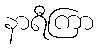
နာရီကြာ